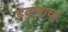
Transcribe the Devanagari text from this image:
दबावाचा